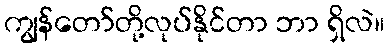
ကျွန်တော်တို့လုပ်နိုင်တာ ဘာ ရှိလဲ။